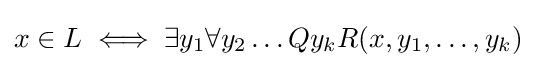
x\in L\iff \exists y_{1}\forall y_{2}\dots Qy_{k}R(x,y_{1},\ldots ,y_{k})